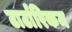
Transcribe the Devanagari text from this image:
टार्टारिकम